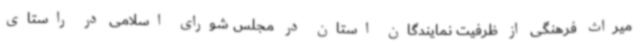
میراث فرهنگی از ظرفیت نمایندگان استان در مجلس شورای اسلامی در راستای